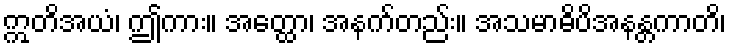
ဣတိအယံ၊ ဤကား။ အတ္ထော၊ အနက်တည်း။ အသမာဓိပိအနန္တကာတိ၊